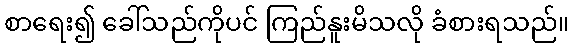
စာရေး၍ ခေါ်သည်ကိုပင် ကြည်နူးမိသလို ခံစားရသည်။